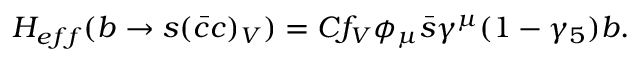
H _ { e f f } ( b \rightarrow s ( \bar { c } c ) _ { V } ) = C f _ { V } \phi _ { \mu } \bar { s } \gamma ^ { \mu } ( 1 - \gamma _ { 5 } ) b .